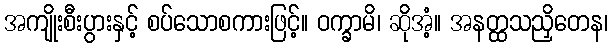
အကျိုးစီးပွားနှင့် စပ်သောစကားဖြင့်။ ဝက္ခာမိ၊ ဆိုအံ့။ အနတ္ထသညှိတေန၊